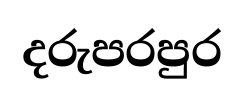
දරුපරපුර